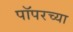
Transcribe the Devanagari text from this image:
पॉपरच्या